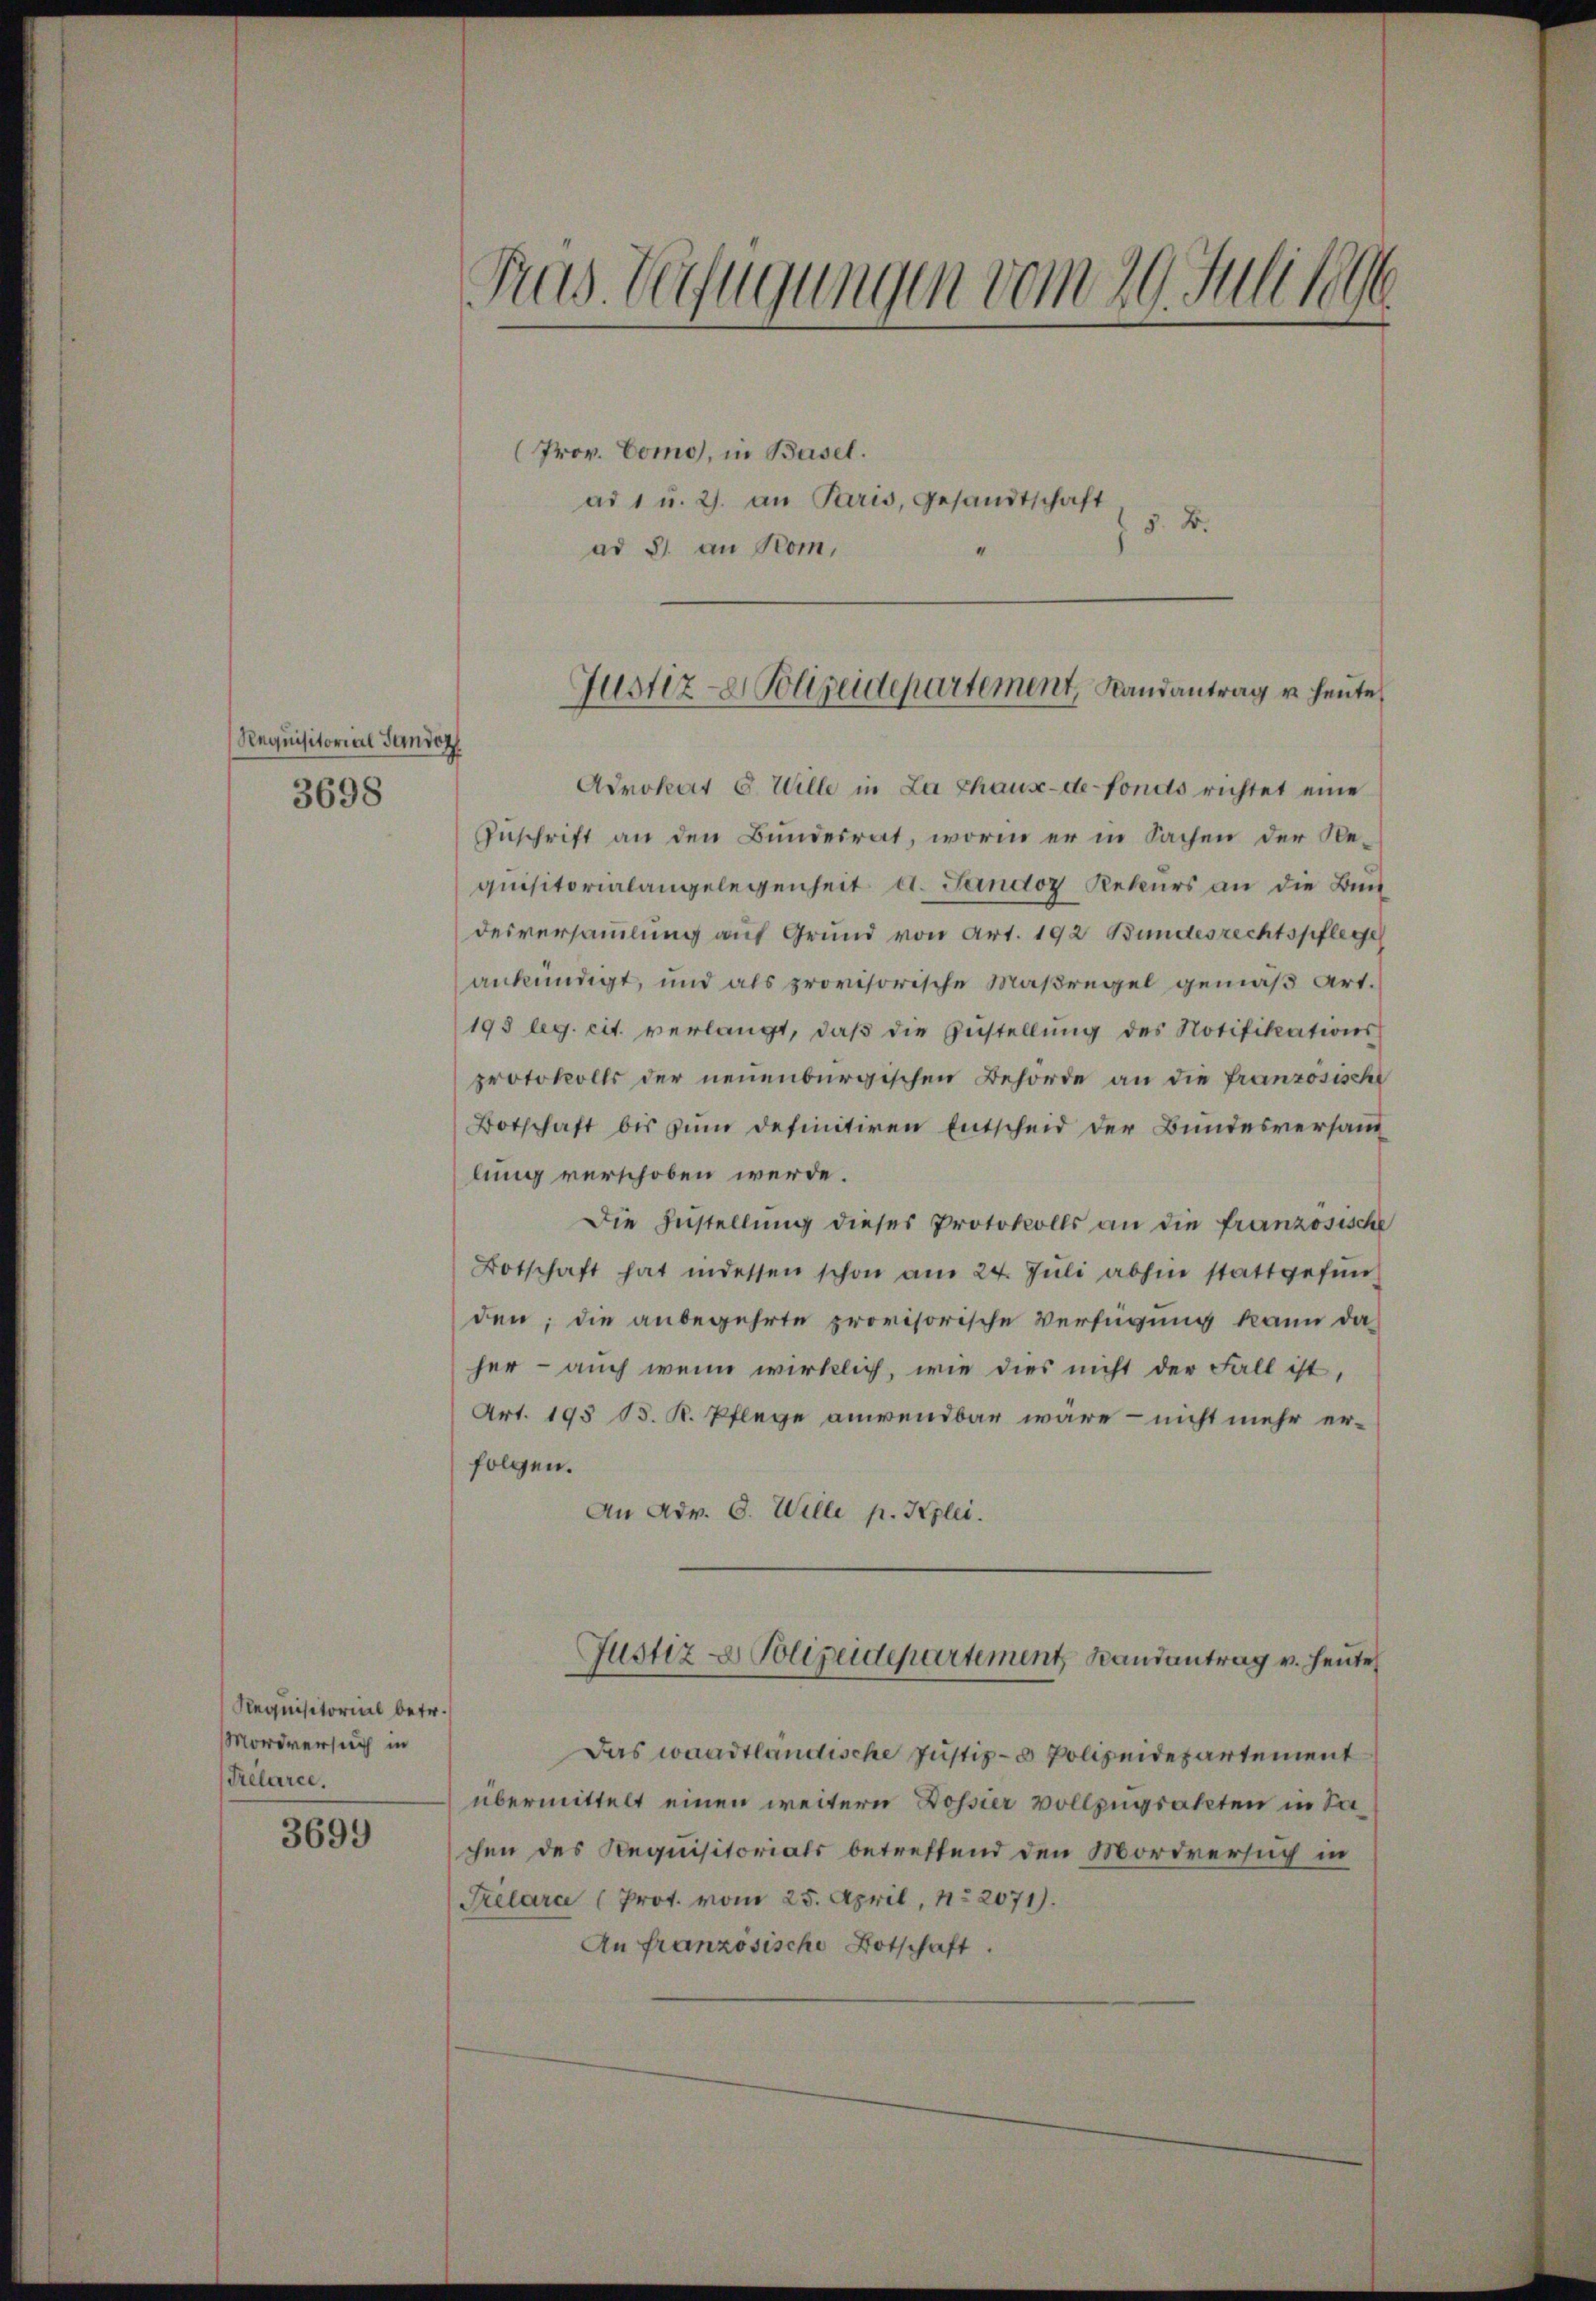
Requisitorial Sandoz
3698

Requisitorial betr.
Mordversich in
Trelarce.

3699

(Frov. Como, in Basel.
ad 1 u. 2. an Paris, Gesandtschaft
§. 2.
ad 31 an Rom,
“

Advokat 8. Wille in La Chaux-de-Fonds richtet eine
Zuschrift an den Bundesrat, worin er in Sachen der Requisitorialangelegenheit et. Landoz Rekurs an die Bun
desversammlung auf Grund von Art. 192 Bundesrechtspflege
ankündigt, und als provisorische Maßregel gemäß Art.
195 leg. cit. verlangt, daß die Anstellung des Notifikations-
protokolls der neuenburgischen Behörde an die franzosisch
Botschaft bis zum definitiren Entscheid der Bundesversam
lung verschoben werde.
Die Zustellung dieses Protokolls an die französische
Botschaft hat indessen schon am 24. Jŭli abhin stattgefŭn
den; die anbegehrte provisorische Verfügung kann da
her - auch wenn wirklich, wie dies nicht der Fall ist,
Art. 195 d. K. Pflege anwendbar wäre - nicht mehr er-
folgen.
An Adv. 6. Wille p. Kglei
Justiz & Polizeidepartement Bandantrag v. heute
Das waadtländische Justiz- & Polizeidepartement
übermittelt einen weitern Dossier vollzugsakten in Sachen des Requisitorials betreffend den Mordversuch in
Trelara (Prot. vom 25. April, 12071).
An französische Botschaft.

Fras. Verfügungen vom 29. Juli 1890

Justiz- Polizeidepartement, Randantrag u. heute